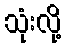
သုံးလို့